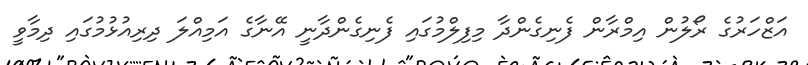
އަޒްހަރުގެ ރޯލުން އިމްރާން ފެނިގެންދާ މިފިލްމުގައި ފެނިގެންދާނީ އޭނާގެ އަމިއްލަ ދިރިއުޅުމުގައި ދިމާވީ